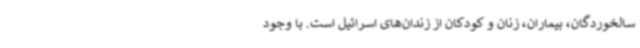
سالخوردگان، بیماران، زنان و کودکان از زندان‌های اسرائیل است. با وجود